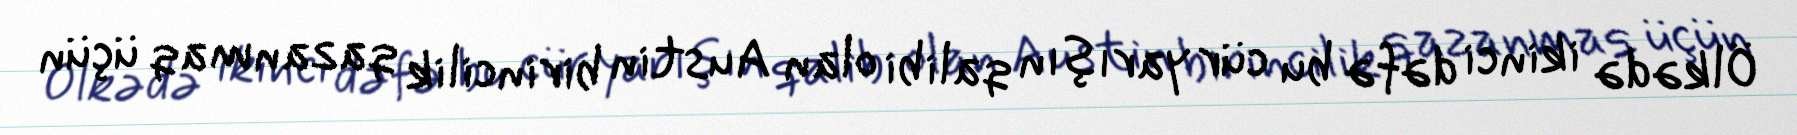
Ölkədə ikinci dəfə bu cür yarışın qalibi olan Austin birincilik qazanmaq üçün